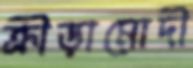
ক্রীড়ামোদী